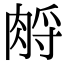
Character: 𦛷